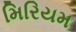
મિરિયમ